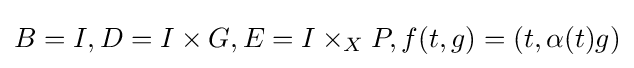
B=I,D=I\times G,E=I\times _{X}P,f(t,g)=(t,\alpha (t)g)